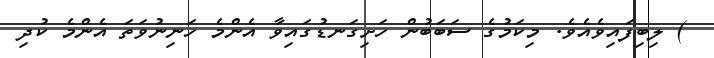
) ލިބިފައިވެއެވެ. މިކަމުގެ ސަބަބުން ހަށިގަނޑުގައިވާ އެންމެ ހަނިނުވަތަ އެންމެ ކުދި